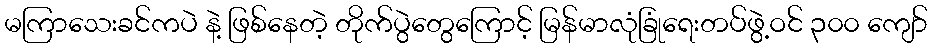
မကြာသေးခင်ကပဲ နဲ့ ဖြစ်နေတဲ့ တိုက်ပွဲတွေကြောင့် မြန်မာလုံခြုံရေးတပ်ဖွဲ့ဝင် ၃၀၀ ကျော်